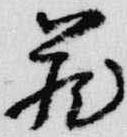
蔵